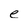
Character: e